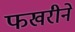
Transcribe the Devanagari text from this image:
फखरीने